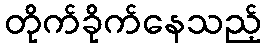
တိုက်ခိုက်နေသည့်